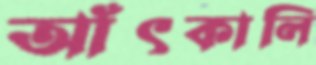
আঁৎকালি